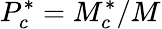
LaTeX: P_{c}^{*}={M}_{c}^{*}/{M}_{}